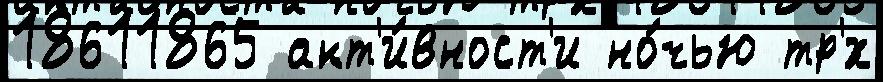
18611865 акт'и́вност'и но́чью тр'́х